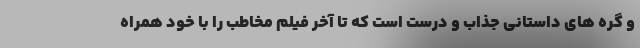
و گره های داستانی جذاب و درست است که تا آخر فیلم مخاطب را با خود همراه